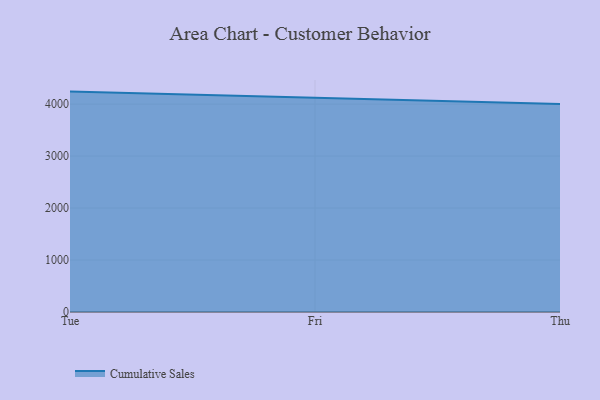
{"axis": {"x": "Day", "y": "Website Visitors"}, "legend": ["Cumulative Sales"], "data": [{"x": "Tue", "y": 4240.6, "type": "Cumulative Sales"}, {"x": "Fri", "y": 4118.4, "type": "Cumulative Sales"}, {"x": "Thu", "y": 4003.3, "type": "Cumulative Sales"}]}